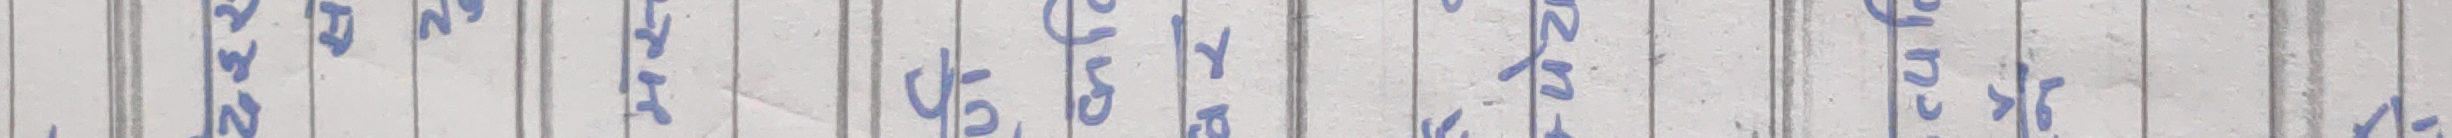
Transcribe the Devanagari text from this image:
मन माया मदन को हावा खान मदन को मदन खाल गर्नु पर्दछ मदन मदन गर न